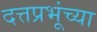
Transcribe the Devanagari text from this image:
दत्तप्रभूंच्या